Sleeping sickness
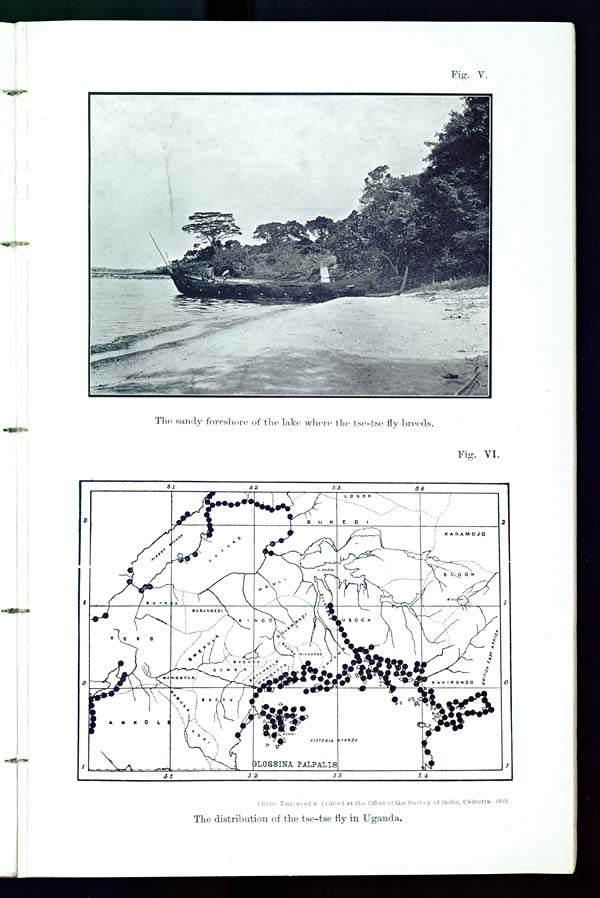
Fig. V.
The sandy foreshore of the lake where the tse-tse fly breeds.
Fig. VI.
Photo. Engraved & printed at the Offices of the Survey of India, Calcutta, 1912.
The distribution of the tse-tse fly in Uganda.